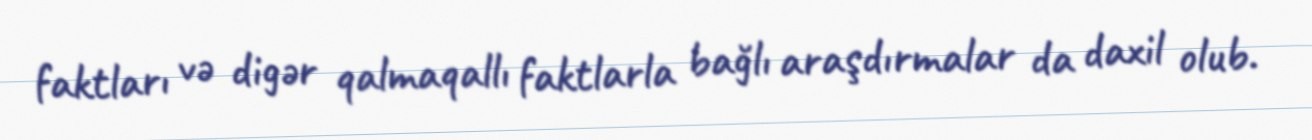
faktları və digər qalmaqallı faktlarla bağlı araşdırmalar da daxil olub.